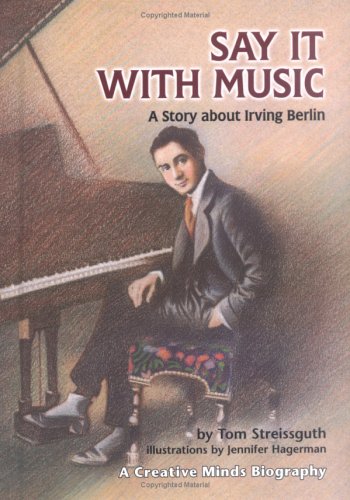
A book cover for Say It With Music: A Story About Irving Berlin (Creative Minds Biographies); Thomas Streissguth; Teen & Young Adult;